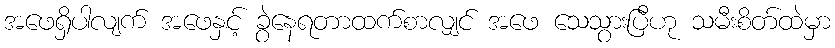
အဖေရှိပါလျက် အဖေနှင့် ခွဲနေရတာထက်စာလျှင် အဖေ သေသွားပြီဟု သမီးစိတ်ထဲမှာ